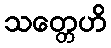
သတ္တေဟိ